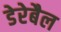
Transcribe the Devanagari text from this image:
डेरेबैल